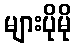
များပိုမို